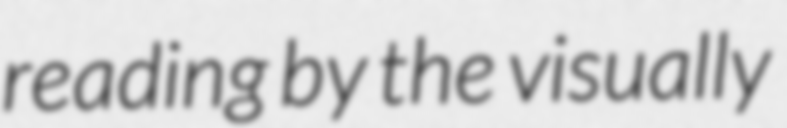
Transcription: reading by the visually